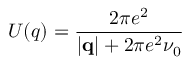
U ( q ) = \frac { 2 \pi e ^ { 2 } } { | \mathbf { q } | + 2 \pi e ^ { 2 } \nu _ { 0 } }